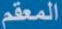
المعقم